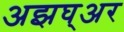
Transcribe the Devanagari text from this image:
अझघ्अर